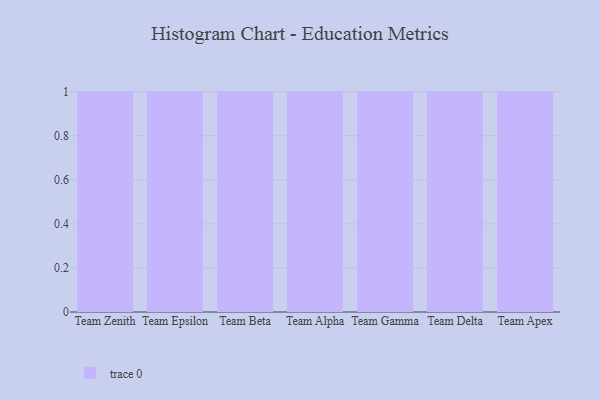
{"axis": {"x": "Team", "y": "Satisfaction Score"}, "legend": [""], "data": [{"x": "Team Zenith", "y": 95, "type": ""}, {"x": "Team Epsilon", "y": 76, "type": ""}, {"x": "Team Beta", "y": 23, "type": ""}, {"x": "Team Alpha", "y": 1, "type": ""}, {"x": "Team Gamma", "y": 41, "type": ""}, {"x": "Team Delta", "y": 50, "type": ""}, {"x": "Team Apex", "y": 11, "type": ""}]}